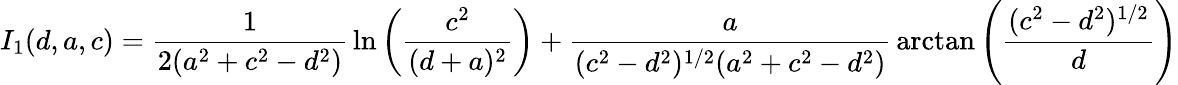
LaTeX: I_{1}(d,a,c)={\frac{1}{2(a^{2}+c^{2}-d^{2})}}\ln\left({\frac{c^{2}}{(d+a)^{2}}}\right)+{\frac{a}{(c^{2}-d^{2})^{1/2}(a^{2}+c^{2}-d^{2})}}\arctan\left({\frac{(c^{2}-d^{2})^{1/2}}{d}}\right)